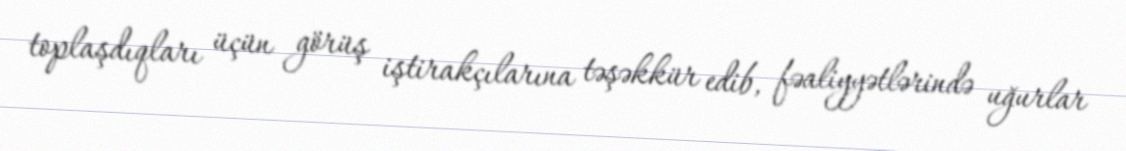
toplaşdıqları üçün görüş iştirakçılarına təşəkkür edib, fəaliyyətlərində uğurlar